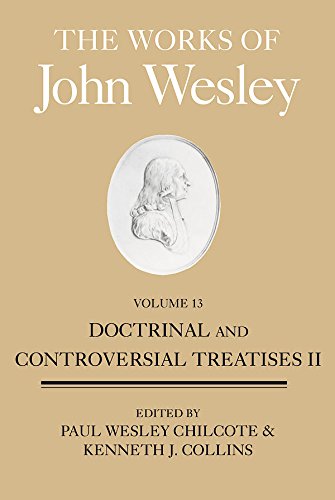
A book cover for The Works of John Wesley, Volume 13: Doctrinal and Controversial Treatises II; Christian Books & Bibles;